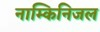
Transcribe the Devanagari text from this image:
नाम्किनिजल